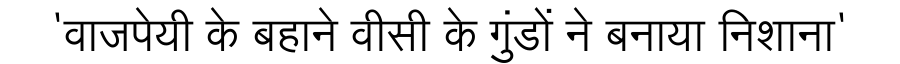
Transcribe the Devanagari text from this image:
'वाजपेयी के बहाने वीसी के गुंडों ने बनाया निशाना'